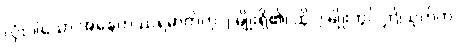
လုံးပါသော အနေကဿရဓာတ်ဟု ၂ မျိုးရှိ၏၊ ထို ၂ မျိုးတွင် ဤသုတ်က